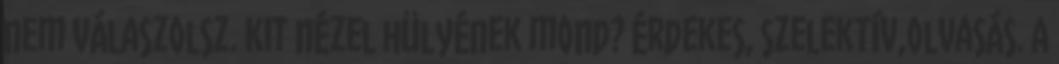
nem válaszolsz. Kit nézel hülyének mond? Érdekes, szelektív,olvasás. A